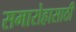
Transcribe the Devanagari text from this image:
समारोहासाठी